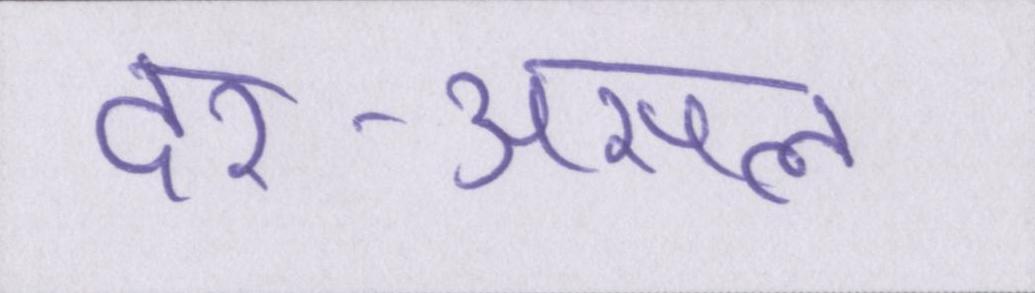
दर-असल